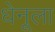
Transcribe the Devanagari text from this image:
धेनूला